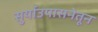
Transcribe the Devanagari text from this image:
सुर्याउपासनेतून